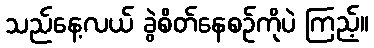
သည်နေ့လယ် ခွဲစိတ်နေစဉ်ကိုပဲ ကြည့်။